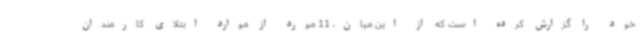
خود را گزارش کرده است که از این میان، 11 مورد از موارد ابتلای کارمندان